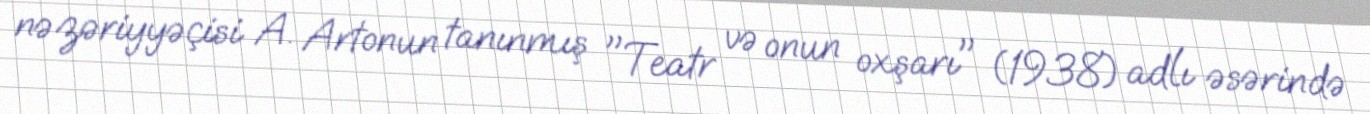
nəzəriyyəçisi A. Artonun tanınmış "Teatr və onun oxşarı" (1938) adlı əsərində